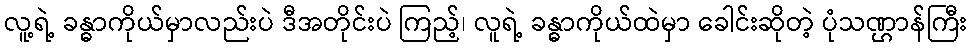
လူ့ရဲ့ ခန္ဓာကိုယ်မှာလည်းပဲ ဒီအတိုင်းပဲ ကြည့်၊ လူရဲ့ ခန္ဓာကိုယ်ထဲမှာ ခေါင်းဆိုတဲ့ ပုံသဏ္ဌာန်ကြီး